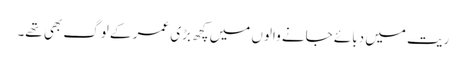
ریت میں دبائے جانے والوں میں کچھ بڑی عمر کے لوگ بھی تھے۔